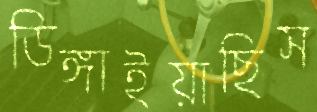
ডিঙ্গাইয়াছিস